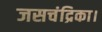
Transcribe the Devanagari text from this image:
जसचंद्रिका।